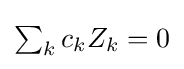
{\textstyle \sum _{k}{{c_{k}}{Z_{k}}=0}}